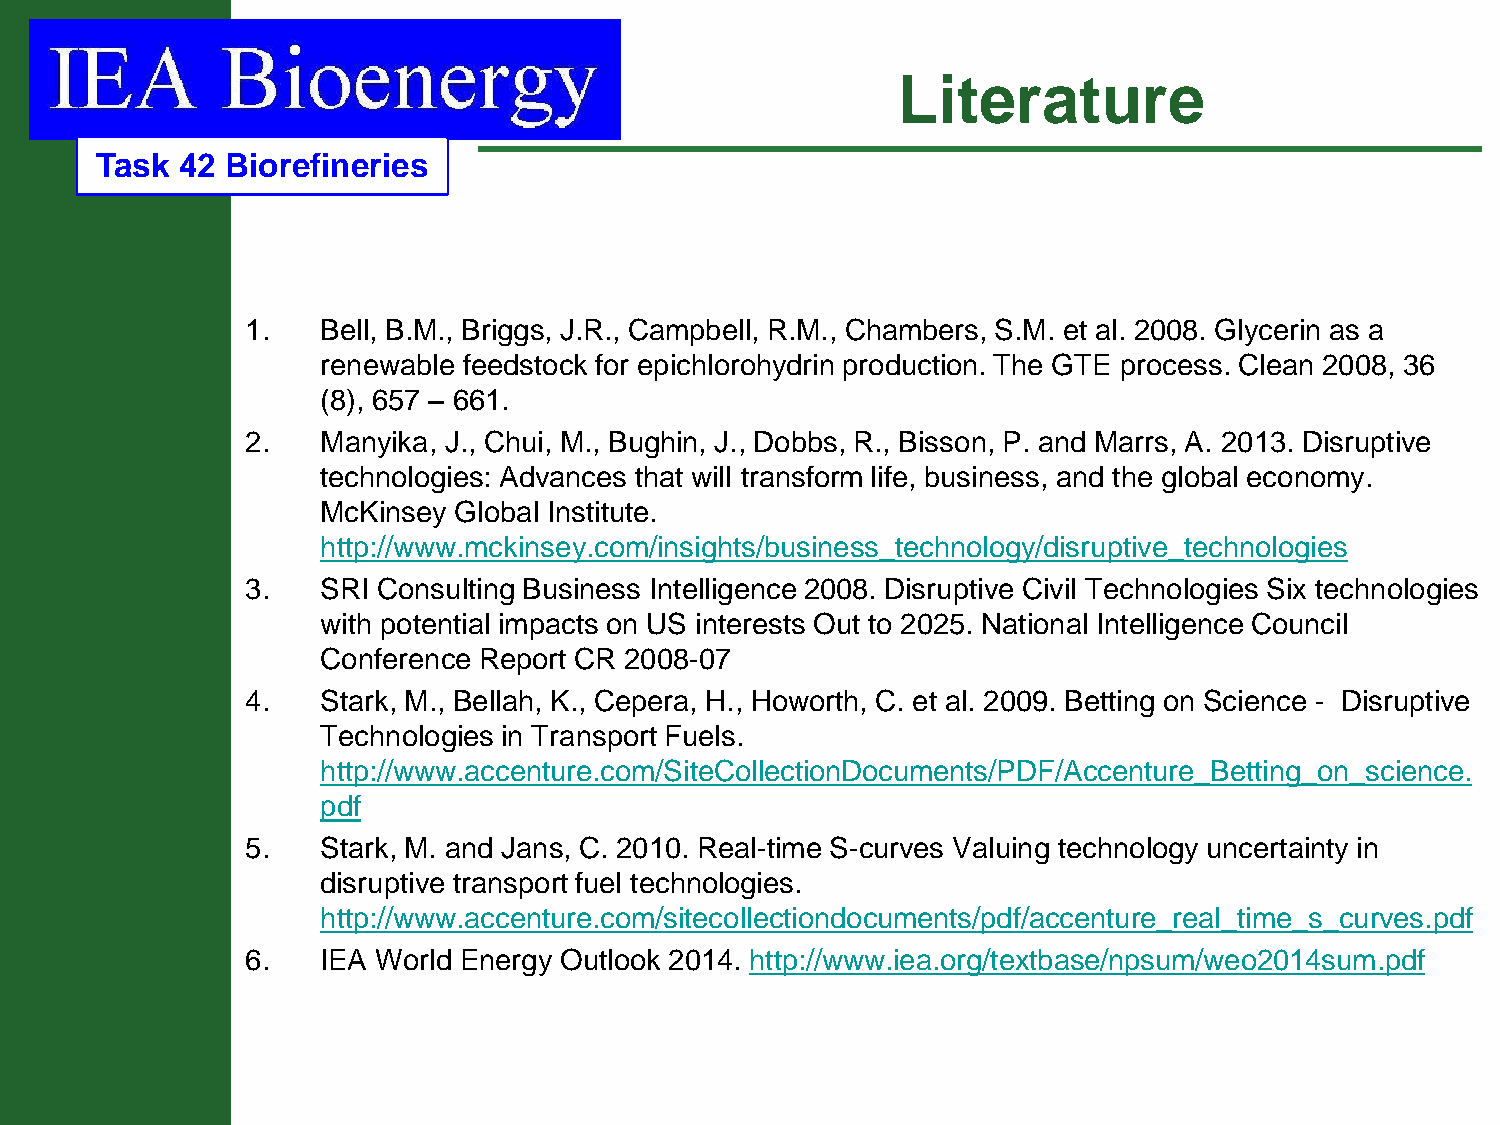
Literature
 Task  42 Biorefineries
 1.   Bell, B.M., Briggs, J.R., Campbell, R.M., Chambers, S.M. et al. 2008. Glycerin as a
 renewable feedstock for epichlorohydrin production. The GTE process. Clean 2008, 36
 (8), 657 – 661.
 2.   Manyika, J., Chui, M., Bughin, J., Dobbs, R., Bisson, P. and Marrs, A. 2013. Disruptive
 technologies: Advances that will transform life, business, and the global economy.
 McKinsey Global Institute.
 http://www.mckinsey.com/insights/business_technology/disruptive_technologies
 3.   SRI Consulting Business Intelligence 2008. Disruptive Civil Technologies Six technologies
 with potential impacts on US interests Out to 2025. National Intelligence Council
 Conference Report CR 2008-07
 4.   Stark, M., Bellah, K., Cepera, H., Howorth, C. et al. 2009. Betting on Science - Disruptive
 Technologies in Transport Fuels.
 http://www.accenture.com/SiteCollectionDocuments/PDF/Accenture_Betting_on_science.
 pdf
 5.   Stark, M. and Jans, C. 2010. Real-time S-curves Valuing technology uncertainty in
 disruptive transport fuel technologies.
 http://www.accenture.com/sitecollectiondocuments/pdf/accenture_real_time_s_curves.pdf
 6.   IEA World Energy Outlook 2014. http://www.iea.org/textbase/npsum/weo2014sum.pdf